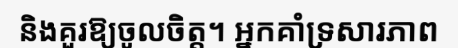
និងគួរឱ្យចូលចិត្ត។ អ្នកគាំទ្រសារភាព